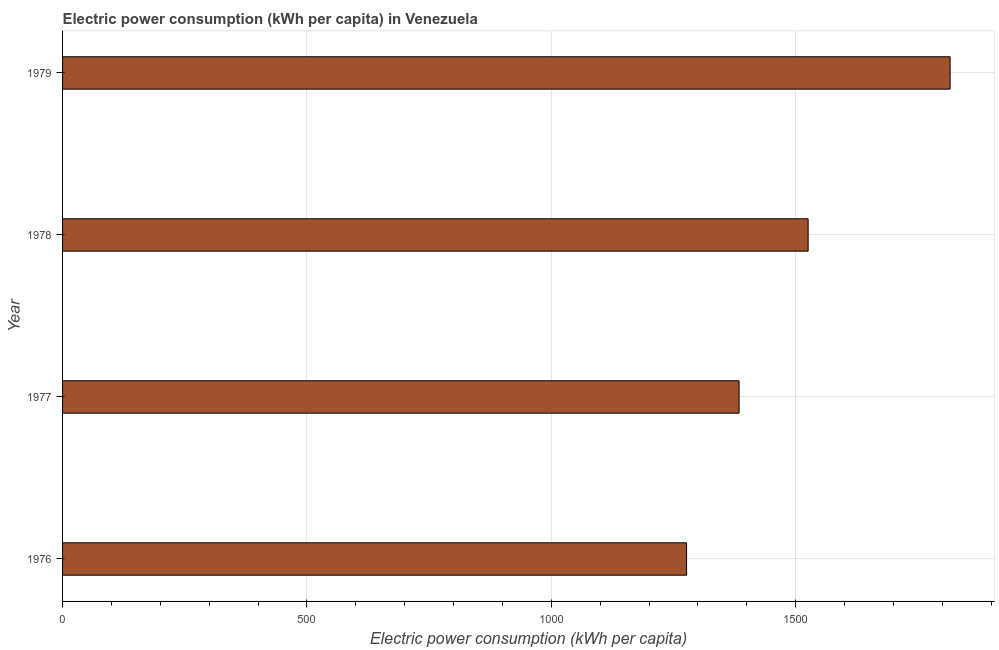
| Year | Electric power consumption |
 | --- | --- |
 | 1976 | 1.28e+03 |
 | 1977 | 1.38e+03 |
 | 1978 | 1.53e+03 |
 | 1979 | 1.82e+03 |